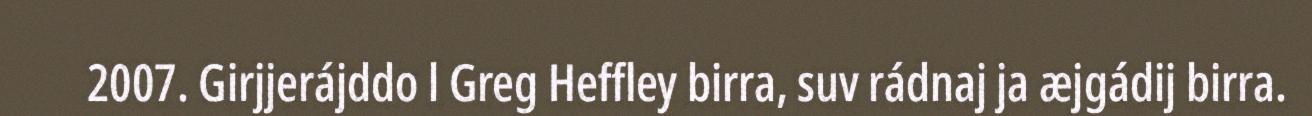
2007. Girjjerájddo l Greg Heffley birra, suv rádnaj ja æjgádij birra.